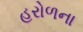
હરોળના